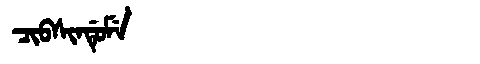
Manchu: ᠴᡳᠪᠰᡳᠨᡩᡠᠮᡝ
Romanization: CIBSINDUME